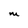
Character: M